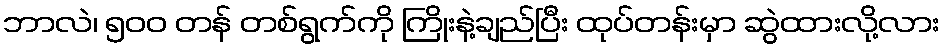
ဘာလဲ၊ ၅၀၀ တန် တစ်ရွက်ကို ကြိုးနဲ့ချည်ပြီး ထုပ်တန်းမှာ ဆွဲထားလို့လား